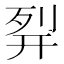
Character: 𰐊